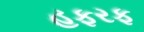
હફરફ